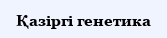
Қaзiргi генетика